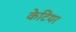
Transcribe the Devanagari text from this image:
केटियर